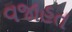
વજાહત